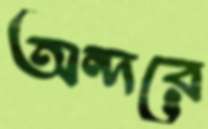
অন্দরে